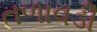
તળાવડી